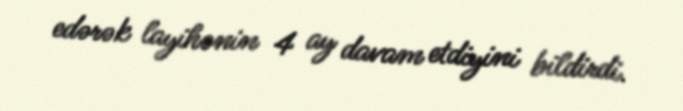
edərək layihənin 4 ay davam etdiyini bildirdi.